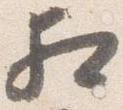
相